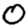
Digit: 0